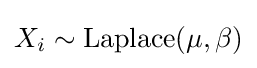
X_{i}\sim \operatorname {Laplace} (\mu ,\beta )